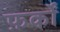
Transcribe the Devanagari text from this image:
फ़र्कों